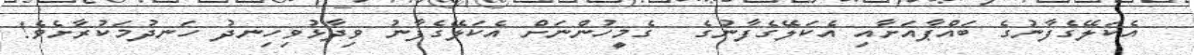
އެކަލޭގެފާނުގެ ބައްޕާއަށާއި އެކަލޭގެފާނުގެ  ގެމީހުންނަށް އެކަލޭގެފާނު ވިދާޅުވިހިނދު ހަނދުމަކުރާށެވެ!